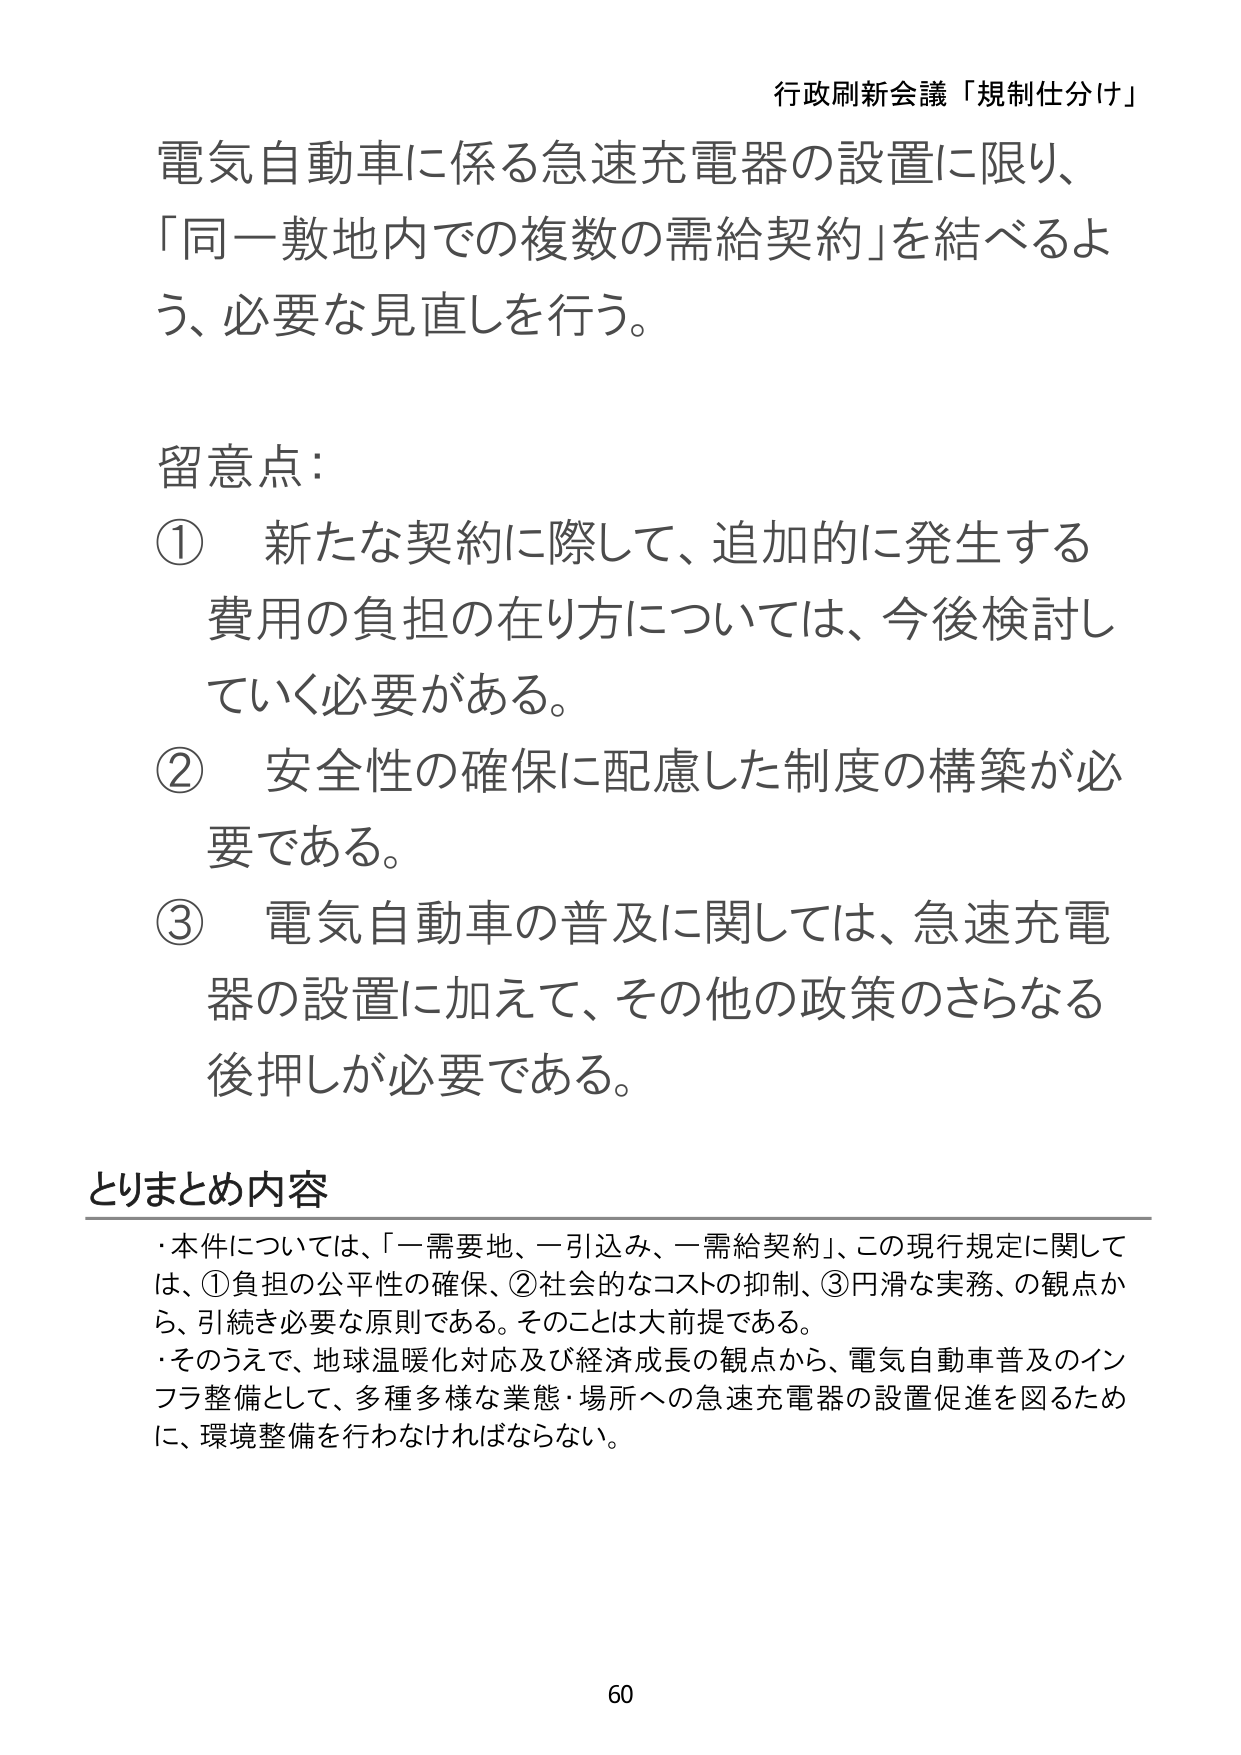
行政刷新会議「規制仕分け」

電気自動車に係る急速充電器の設置に限り、
「同一敷地内での複数の需給契約」を結べるよう、必要な見直しを行う。

留意点：
① 新たな契約に際して、追加的に発生する
　費用の負担の在り方については、今後検討していく必要がある。
② 安全性の確保に配慮した制度の構築が必要である。
③ 電気自動車の普及に関しては、急速充電器の設置に加えて、その他の政策のさらなる後押しが必要である。

とりまとめ内容
・本件については、「一需要地、一引込み、一需給契約」、この現行規定に関しては、①負担の公平性の確保、②社会的なコストの抑制、③円滑な実務、の観点から、引続き必要な原則である。そのことは大前提である。
・そのうえで、地球温暖化対応及び経済成長の観点から、電気自動車普及のインフラ整備として、多種多様な業態・場所への急速充電器の設置促進を図るために、環境整備を行わなければならない。

60